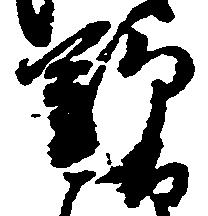
野